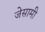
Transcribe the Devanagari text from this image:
जेसामी